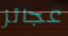
عجائز